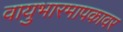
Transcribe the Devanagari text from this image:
वायुभारमापकावर